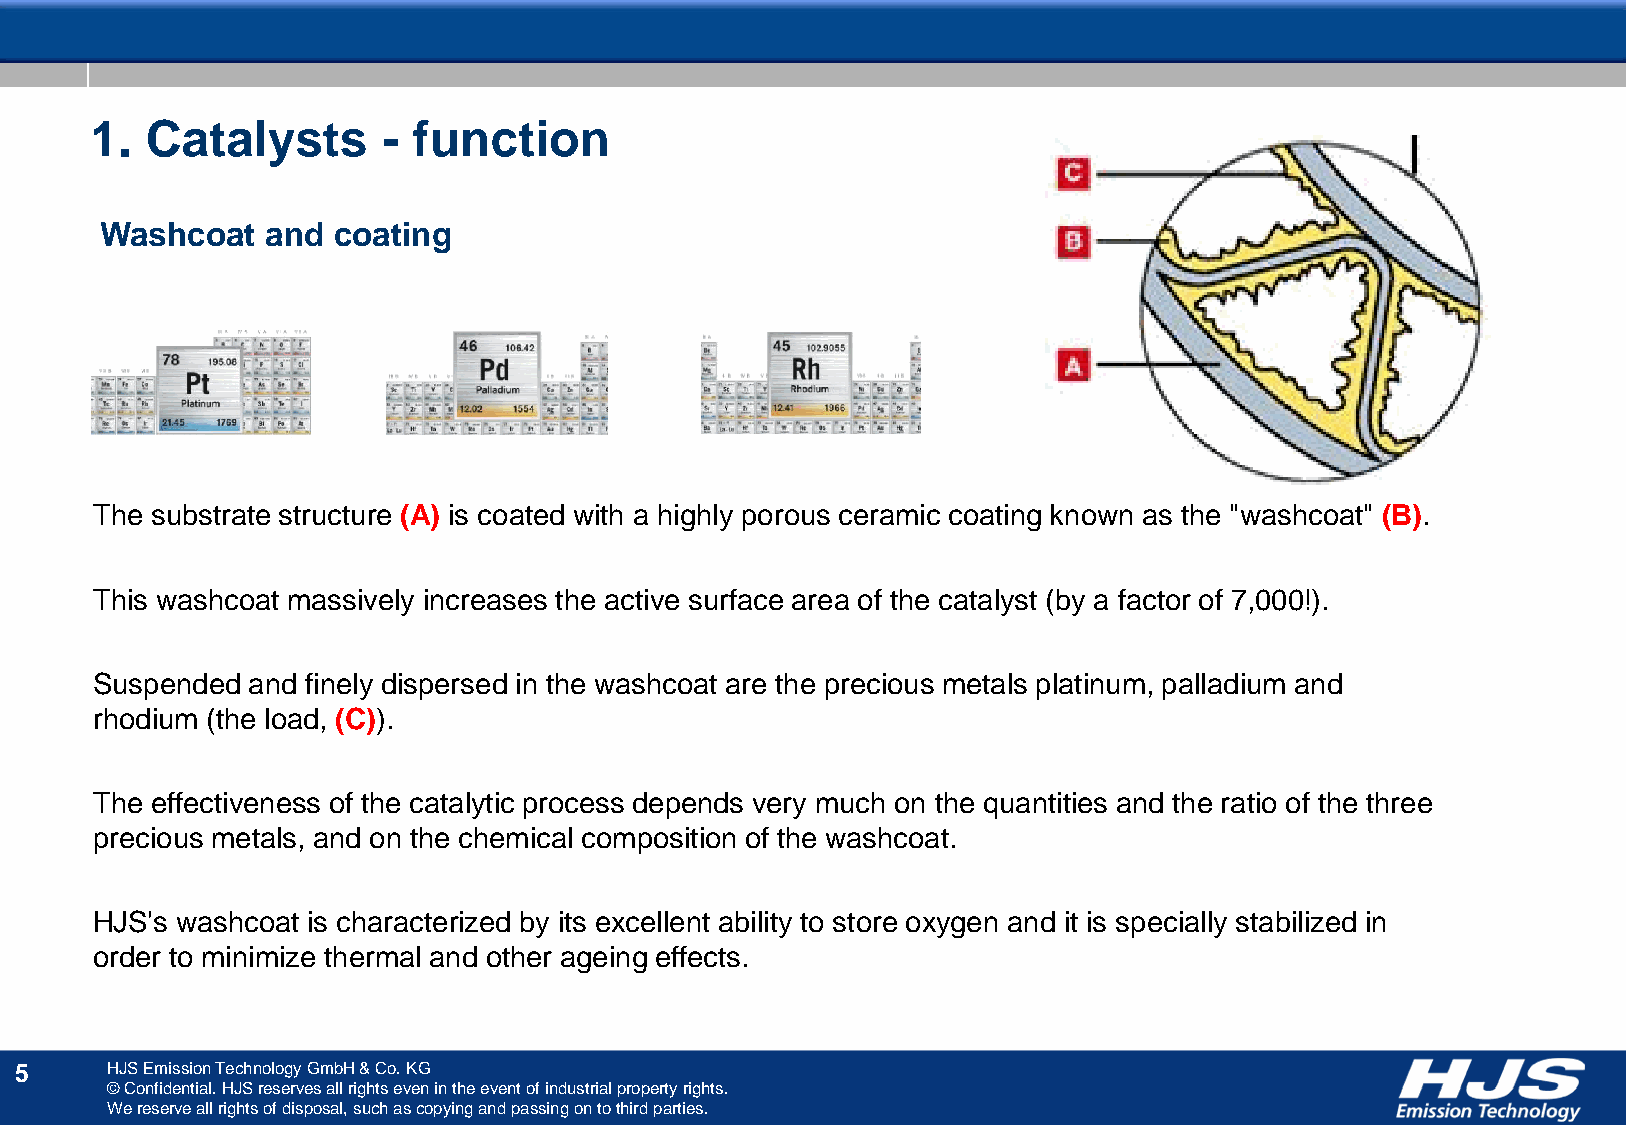
1.  Catalysts      - function
 Washcoat   and coating
 The substrate structure (A) is coated with a highly porous ceramic coating known as the "washcoat" (B).
 This washcoat massively increases the active surface area of the catalyst (by a factor of 7,000!).
 Suspended and finely dispersed in the washcoat are the precious metals platinum, palladium and
 rhodium (the load, (C)).
 The effectiveness of the catalytic process depends very much on the quantities and the ratio of the three
 precious metals, and on the chemical composition of the washcoat.
 HJS's washcoat is characterized by its excellent ability to store oxygen and it is specially stabilized in
 order to minimize thermal and other ageing effects.
 5     HJS Emission Technology GmbH & Co. KG
 © Confidential. HJS reserves all rights even in the event of industrial property rights.
 We reserve all rights of disposal, such as copying and passing on to third parties.